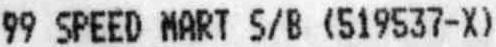
99 SPEED MART S/B (519537-X)